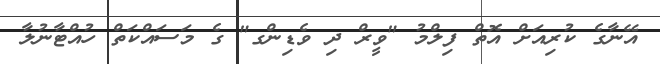
އޭނާގެ ކުރިއަށް އޮތް ފިލްމު "ވީރް ދި ވެޑިންގ" ގެ މަސައްކަތް ހުއްޓާނުލާ